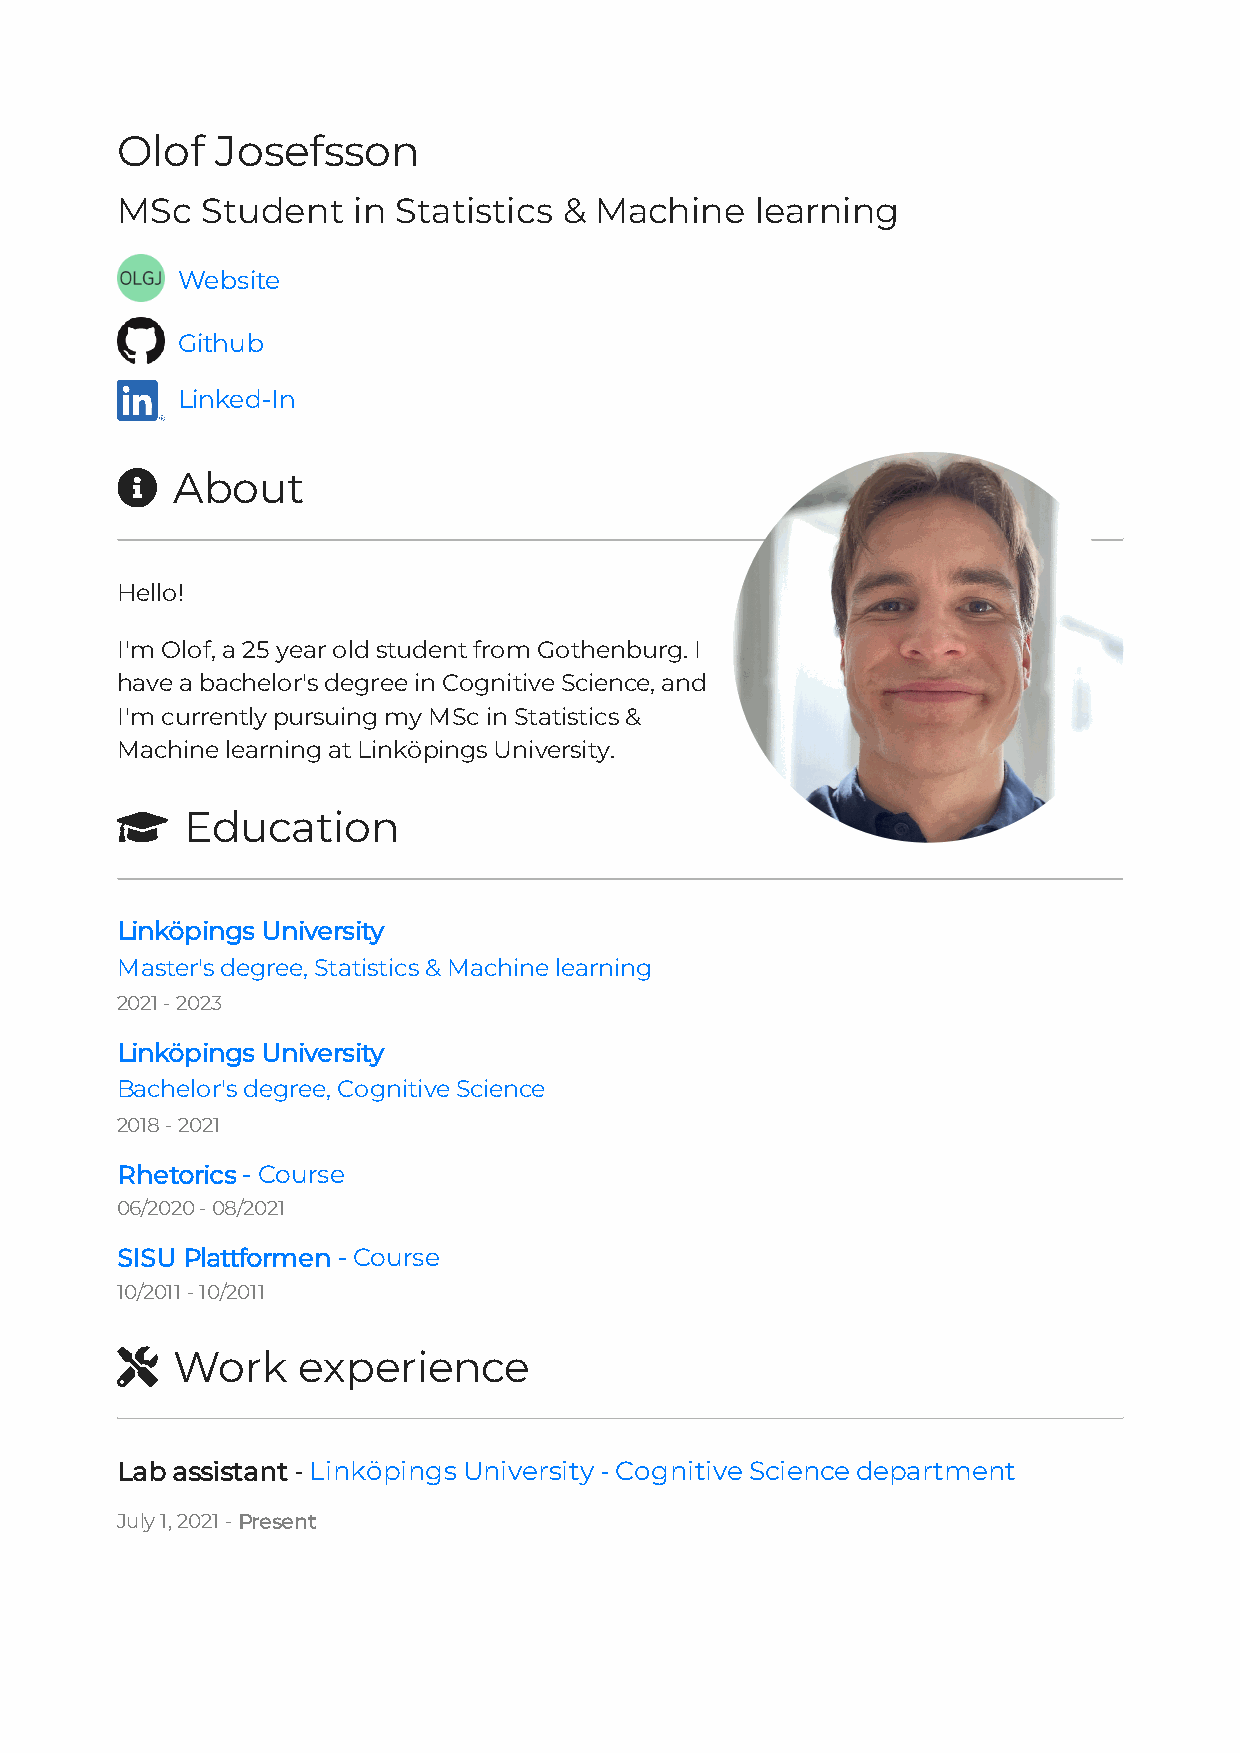
Olof  Josefsson
 MSc  Student   in Statistics & Machine    learning
 Website
 Github
 Linked-In
   About
 Hello!
 I'm Olof, a 25 year old student from Gothenburg. I
 have a bachelor's degree in Cognitive Science, and
 I'm currently pursuing my MSc in Statistics &
 Machine learning at Linköpings University.
    Education
 Linköpings University
 Master's degree, Statistics & Machine learning
 2021 - 2023
 Linköpings University
 Bachelor's degree, Cognitive Science
 2018 - 2021
 Rhetorics - Course
 06/2020 - 08/2021
 SISU Plattformen - Course
 10/2011 - 10/2011
   Work     experience
 Lab assistant - Linköpings University - Cognitive Science department
 July 1, 2021 - Present